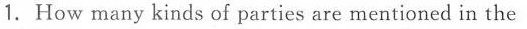
1.How many kinds of parties are mentioned in the